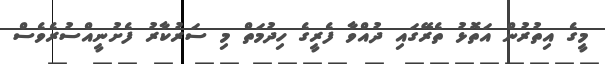
މީގެ އިތުރުން އަތޮޅު ތެރޭގައި ދުއްވާ ފެރީގެ ހިދުމަތް މި ސަރުކާރު ފެށުނީއްސުރެވެސް